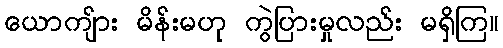
ယောကျ်ား မိန်းမဟု ကွဲပြားမှုလည်း မရှိကြ။